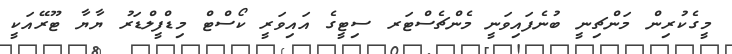
މީގެކުރިން މަންޗިނީ ބުނެފައިވަނީ މެންޗެސްޓަރ ސިޓީގެ އައިވަރީ ކޯސްޓް މިޑްފީލްޑަރު ޔާޔާ ޓޫރޭއަކީ